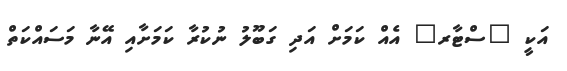
އަކީ "ސްޓާރ" އެއް ކަމަށް އަދި ގަބޫލު ނުކުރާ ކަމަށާއި އޭނާ މަސައްކަތް